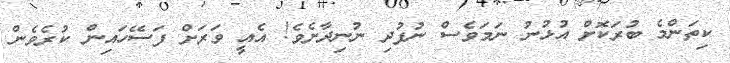
ކިތަންމެ ބުރަކޮށް އުޅުނު ނަމަވެސް ނުފުދި ނުނިދާށެވެ! އެއީ ވަރަށް ފަސޭހައިން ކުރެވެން